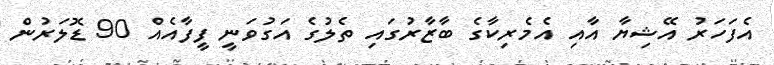
އެފަހަރު އޭޝިޔާ އާއި އެމެރިކާގެ ބާޒާރުގައި ތެލުގެ އަގުވަނީ ފީފާއެއް 90 ޑޮލަރުން